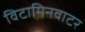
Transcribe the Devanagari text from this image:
विटामिनवाटर